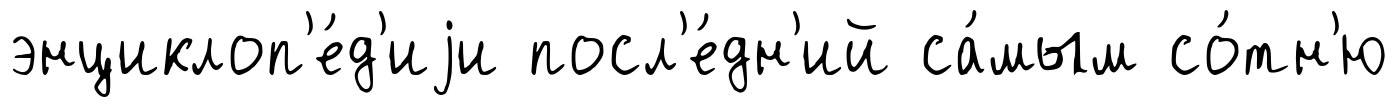
энциклоп'е́д'иjи посл'е́дн'ий са́мым со́тн'ю